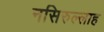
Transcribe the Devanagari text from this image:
नसिरुल्लाह